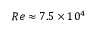
R e \approx 7 . 5 \times 1 0 ^ { 4 }